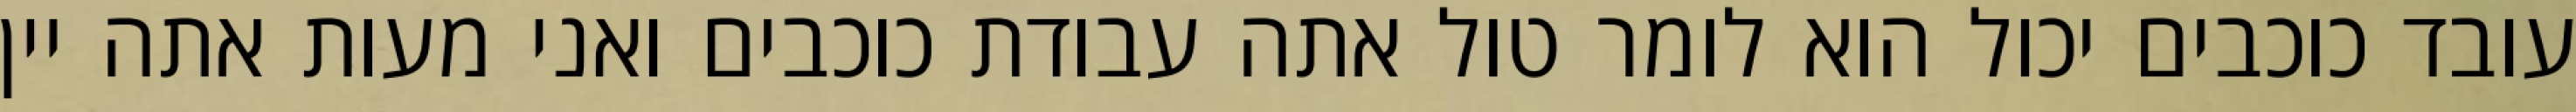
עובד כוכבים יכול הוא לומר טול אתה עבודת כוכבים ואני מעות אתה יין